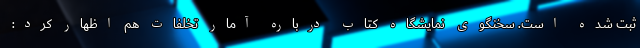
ثبت شده است. سخنگوی نمایشگاه کتاب درباره آمار تخلفات هم اظهار کرد: